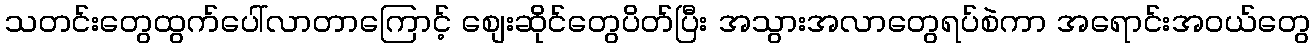
သတင်းတွေထွက်ပေါ်လာတာကြောင့် စျေးဆိုင်တွေပိတ်ပြီး အသွားအလာတွေရပ်စဲကာ အရောင်းအဝယ်တွေ